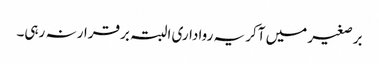
برصغیر میں آکر یہ رواداری البتہ برقرار نہ رہی۔